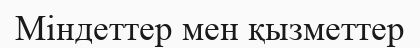
Міндеттер мен қызметтер